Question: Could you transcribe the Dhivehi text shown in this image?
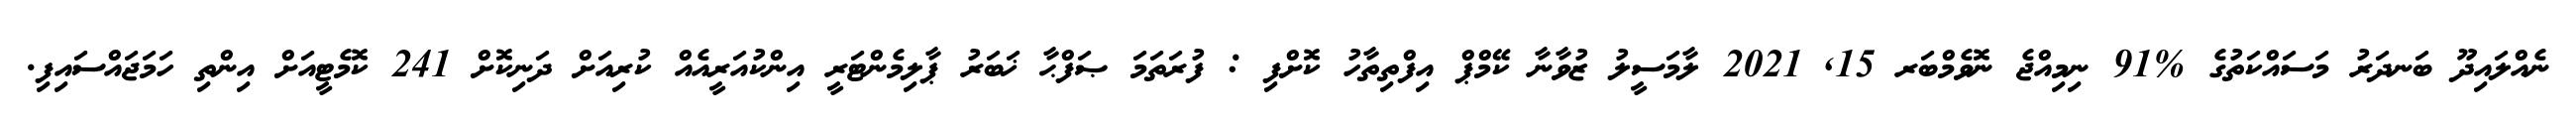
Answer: ނެއްލައިދޫ ބަނދަރު މަސައްކަތުގެ %91 ނިމިއްޖެ ނޮވެމްބަރ 15, 2021 ލާމަސީލު ޒުވާނާ ކޭމްޕް އިފްތިތާހު ކޮށްފި : ފުރަތަމަ ޞަފްޙާ ޚަބަރު ޕާލިމެންޓަރީ އިންކުއަރީއެއް ކުރިއަށް ދަނިކޮށް 241 ކޮމެޓީއަށް އިންތި ހަމަޖައްސައިފި.